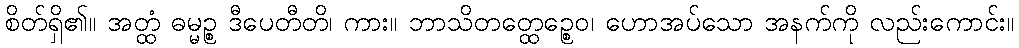
စိတ်ရှိ၏။ အတ္ထံ ဓမ္မဉ္စ ဒီပေတီတိ၊ ကား။ ဘာသိတတ္ထေဉ္စေဝ၊ ဟောအပ်သော အနက်ကို လည်းကောင်း။